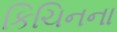
કિચિનના